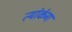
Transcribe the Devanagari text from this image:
त्यांकंग